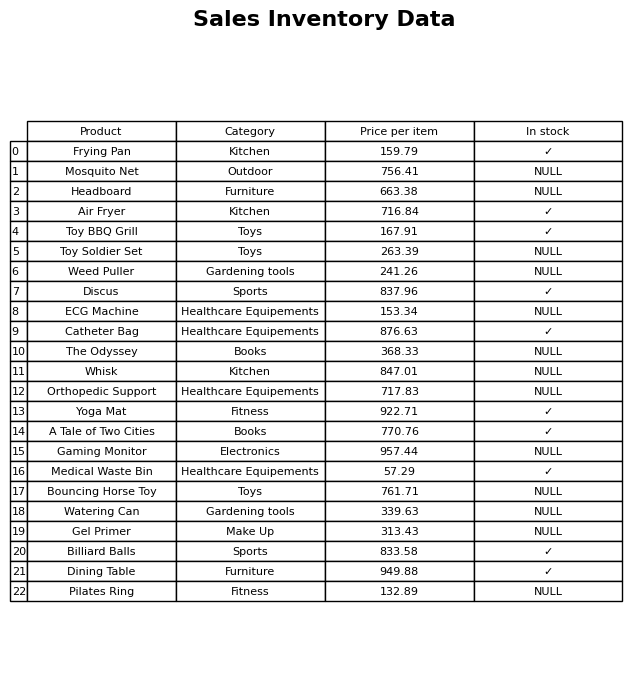
question: What is the price for Toy BBQ Grill?
answer: The price of Toy BBQ Grill is 167.91.